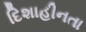
દિશાહીનતા